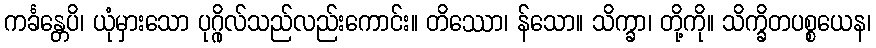
ကင်္ခန္တေပိ၊ ယုံမှားသော ပုဂ္ဂိုလ်သည်လည်းကောင်း။ တိဿော၊ န်သော။ သိက္ခာ၊ တို့ကို။ သိက္ခိတပစ္စယေန၊